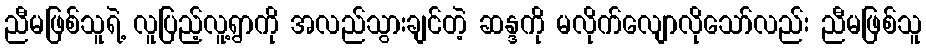
ညီမဖြစ်သူရဲ့ လူပြည့်လူ့ရွာကို အလည်သွားချင်တဲ့ ဆန္ဒကို မလိုက်လျောလိုသော်လည်း ညီမဖြစ်သူ